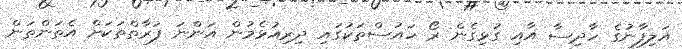
އަލިފާނުގެ ހާދިސާ އާއި ގުޅިގެން ރޯ ހައުސްތަކުގައި ދިރިއުޅެމުން އަންނަ ފަރާތްތަކަށް އެތަންތަން